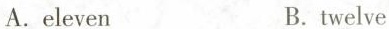
A.eleven B.twelve